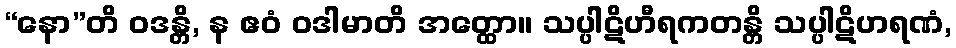
“နော”တိ ဝဒန္တိ, န ဧဝံ ဝဒါမာတိ အတ္ထော။ သပ္ပါဋိဟီရကတန္တိ သပ္ပါဋိဟရဏံ,